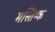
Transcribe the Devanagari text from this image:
मस्तिष्क